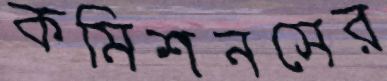
কমিশনসের